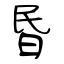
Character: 昬